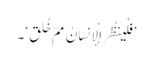
’فَلْیَنظُرِ الْإِنسَانُ مِمَّ خُلِقَ‘۔